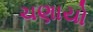
ચણાયો